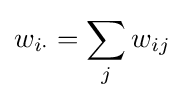
w_{i\cdot }=\sum _{j}w_{ij}